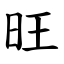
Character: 旺